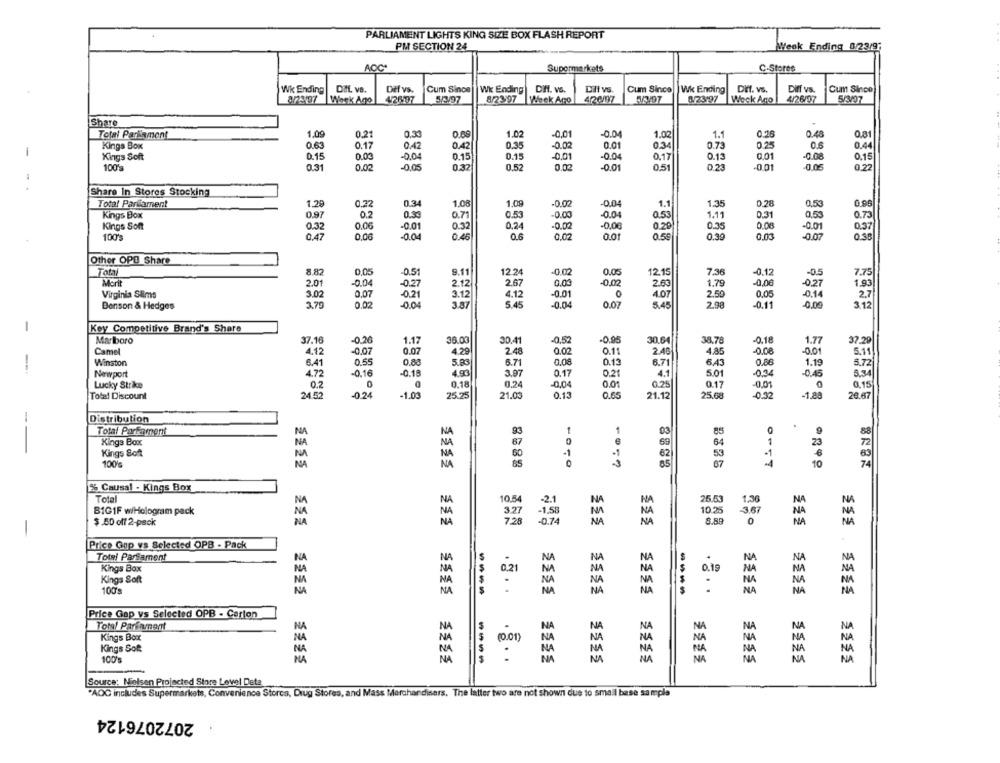
PARLIAMENT LIGHTS KING SIZE BOX FLASH REPORT
PM SECTION 24
Week Ending 8/23/9;
AOCª
Supermarkets
C-Stores
Wk Ending
DIL vs.
Diff vs.
Cum Since
Wk Ending Diff. ve.
Dilt vs.
Cum Since
Wk Ending
Dif. vs.
Diff vs.
Cum Since
2/2197
Werk Ago
4/25197
5/3/97
8/2397 Week Ago
4/20197
0/23'97
Weck Ago
4/26/07
5/3/97
Share
Total Parliament
1.09
0.21
0.33
1.02
-0.01
-0.04
1.02
1.1
0.16
0.48
0.81
Kings Box
0.63
0.17
0.42
0.42
0.35
-0.02
0.01
0.34
0.73
0.25
0.44
-
Kings Soft
D.15
0.02
-0.04
0.15
0.15
-0.01
-0.04
0.17
0.13
0.01
-0.08
0.15
100'
0.31
0.02
-0.05
0.32
0.52
0.02
-0.01
0.51
0.23
-0.01
-0.05
0.27
Share In Stores Stocking
Total Parliament
1.29
0.22
0.34
1.08
1.09
-0.02
-0.04
1.1
1.35
0.28
0.53
0.96
Kings Box
0.97
0.33
0.71
0.53
-0.00
-0.04
0.53
1.11
0.31
0.53
0.73
Kings Soft
0.32
0.06
-0.01
0.32
0.24
-0.02
-0.08
0.20
0.35
0.08
-0.01
0.37
100%
0.47
0,06
-0.04
0.46
0.6
0.02
0.01
0.59
0.39
0.03
-0.07
0.38
Other OPB Share
Total
8.82
0,05
-0.5
9.11
12 24
-0.02
0.05
12.15
7.36
-0.12
-0.5
7.75
Morit
2.01
-0.04
-0.27
2.12
2.67
0.03
-0,02
2.63
1.79
-0.00
1.93
-0.27
Virginia Slims
3.02
0,07
-0.21
3.12
4.12
-0.01
0
4.07
2.50
0.05
0.14
2.7
Benson & Hedges
3.70
0.02
-0.04
3.87
5.45
-0.04
0.07
5.45
2.98
-0.11
0,00
3.12
-
Key Competitive Brand's Share
Marlboro
37.16
-0.26
1.17
36.00
30.41
-0,52
-0.95
30.64
38.78
-0.18
1.77
37.29
Camel
4.12
-0.07
0.07
4.29
2.48
0.02
0.11
2.46
4.85
-0.08
-0.01
5.11
Winston
6.41
0.55
0.83
5.83
6.71
0.08
0.13
6.71
6,43
0.80
1.19
5.72
-
Newport
4.72
-0.16
-0.18
4.93
3.97
0.17
0.21
4.1
5.01
034
0.45
5.34
0
Lucky Strike
0.2
0.18
0.24
0,04
0.01
0.25
0.17
0.01
0.15
Total Discount
24.52
-0.24
-1.03
25.25
21.03
0.13
0.65
21.12
25.08
-0.32
1.88
26.67
-
Distribution
Total Parkament
N
NA
93
1
1
03
85
Kings Box
NA
NA
87
69
23
Kings Soft
NA
-1
.1
62
53
100's
NA
NA
10
74
% Causal . Kings Box
Total
NA
NA
10.54
-2.1
N
NA
25.53
1,36
NA
B1G1F w/Hologram pack
10.25
387
1.58
8.88
0
NA
$.50 off 2-pack
0.74
Price Gap vs Selected OPB - Pack
Total Parlament
NA
NA
NA
NA
N
Kings Box
NA
NA
NA
0 .19
NA
NA
Kings Soft
NA
NA
NA
NA
NA
100's
NA
NA
----
NA
NA
----
NA
NA
Price Gap vs Selected OPB - Carton
Total Parinment
NA
NA
NA
NA
NA
NA
NA
NA
MA
Kings Box
NA
NA
Kings Soft
(0.01)
NA
NA
NA
NA
NA
100's
NA
----
Source: Nielsen Projected Store Level Deta
"AOC includes Supermarkets, Convenience Stores, Drug Stores, and Mass Merchandisers. The latter two are not shown due to small base sample
2072076124